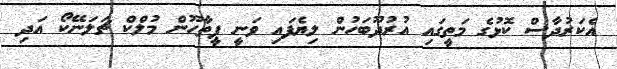
އެކަރުދާސް ކޮޅުގެ މަތީގައި އުރުދޫބަހުން ލިޔެފައި ވަނީ ޕީތާހޫން މުލްކް ޗަލަނޭކޯ އަދި